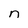
Character: n